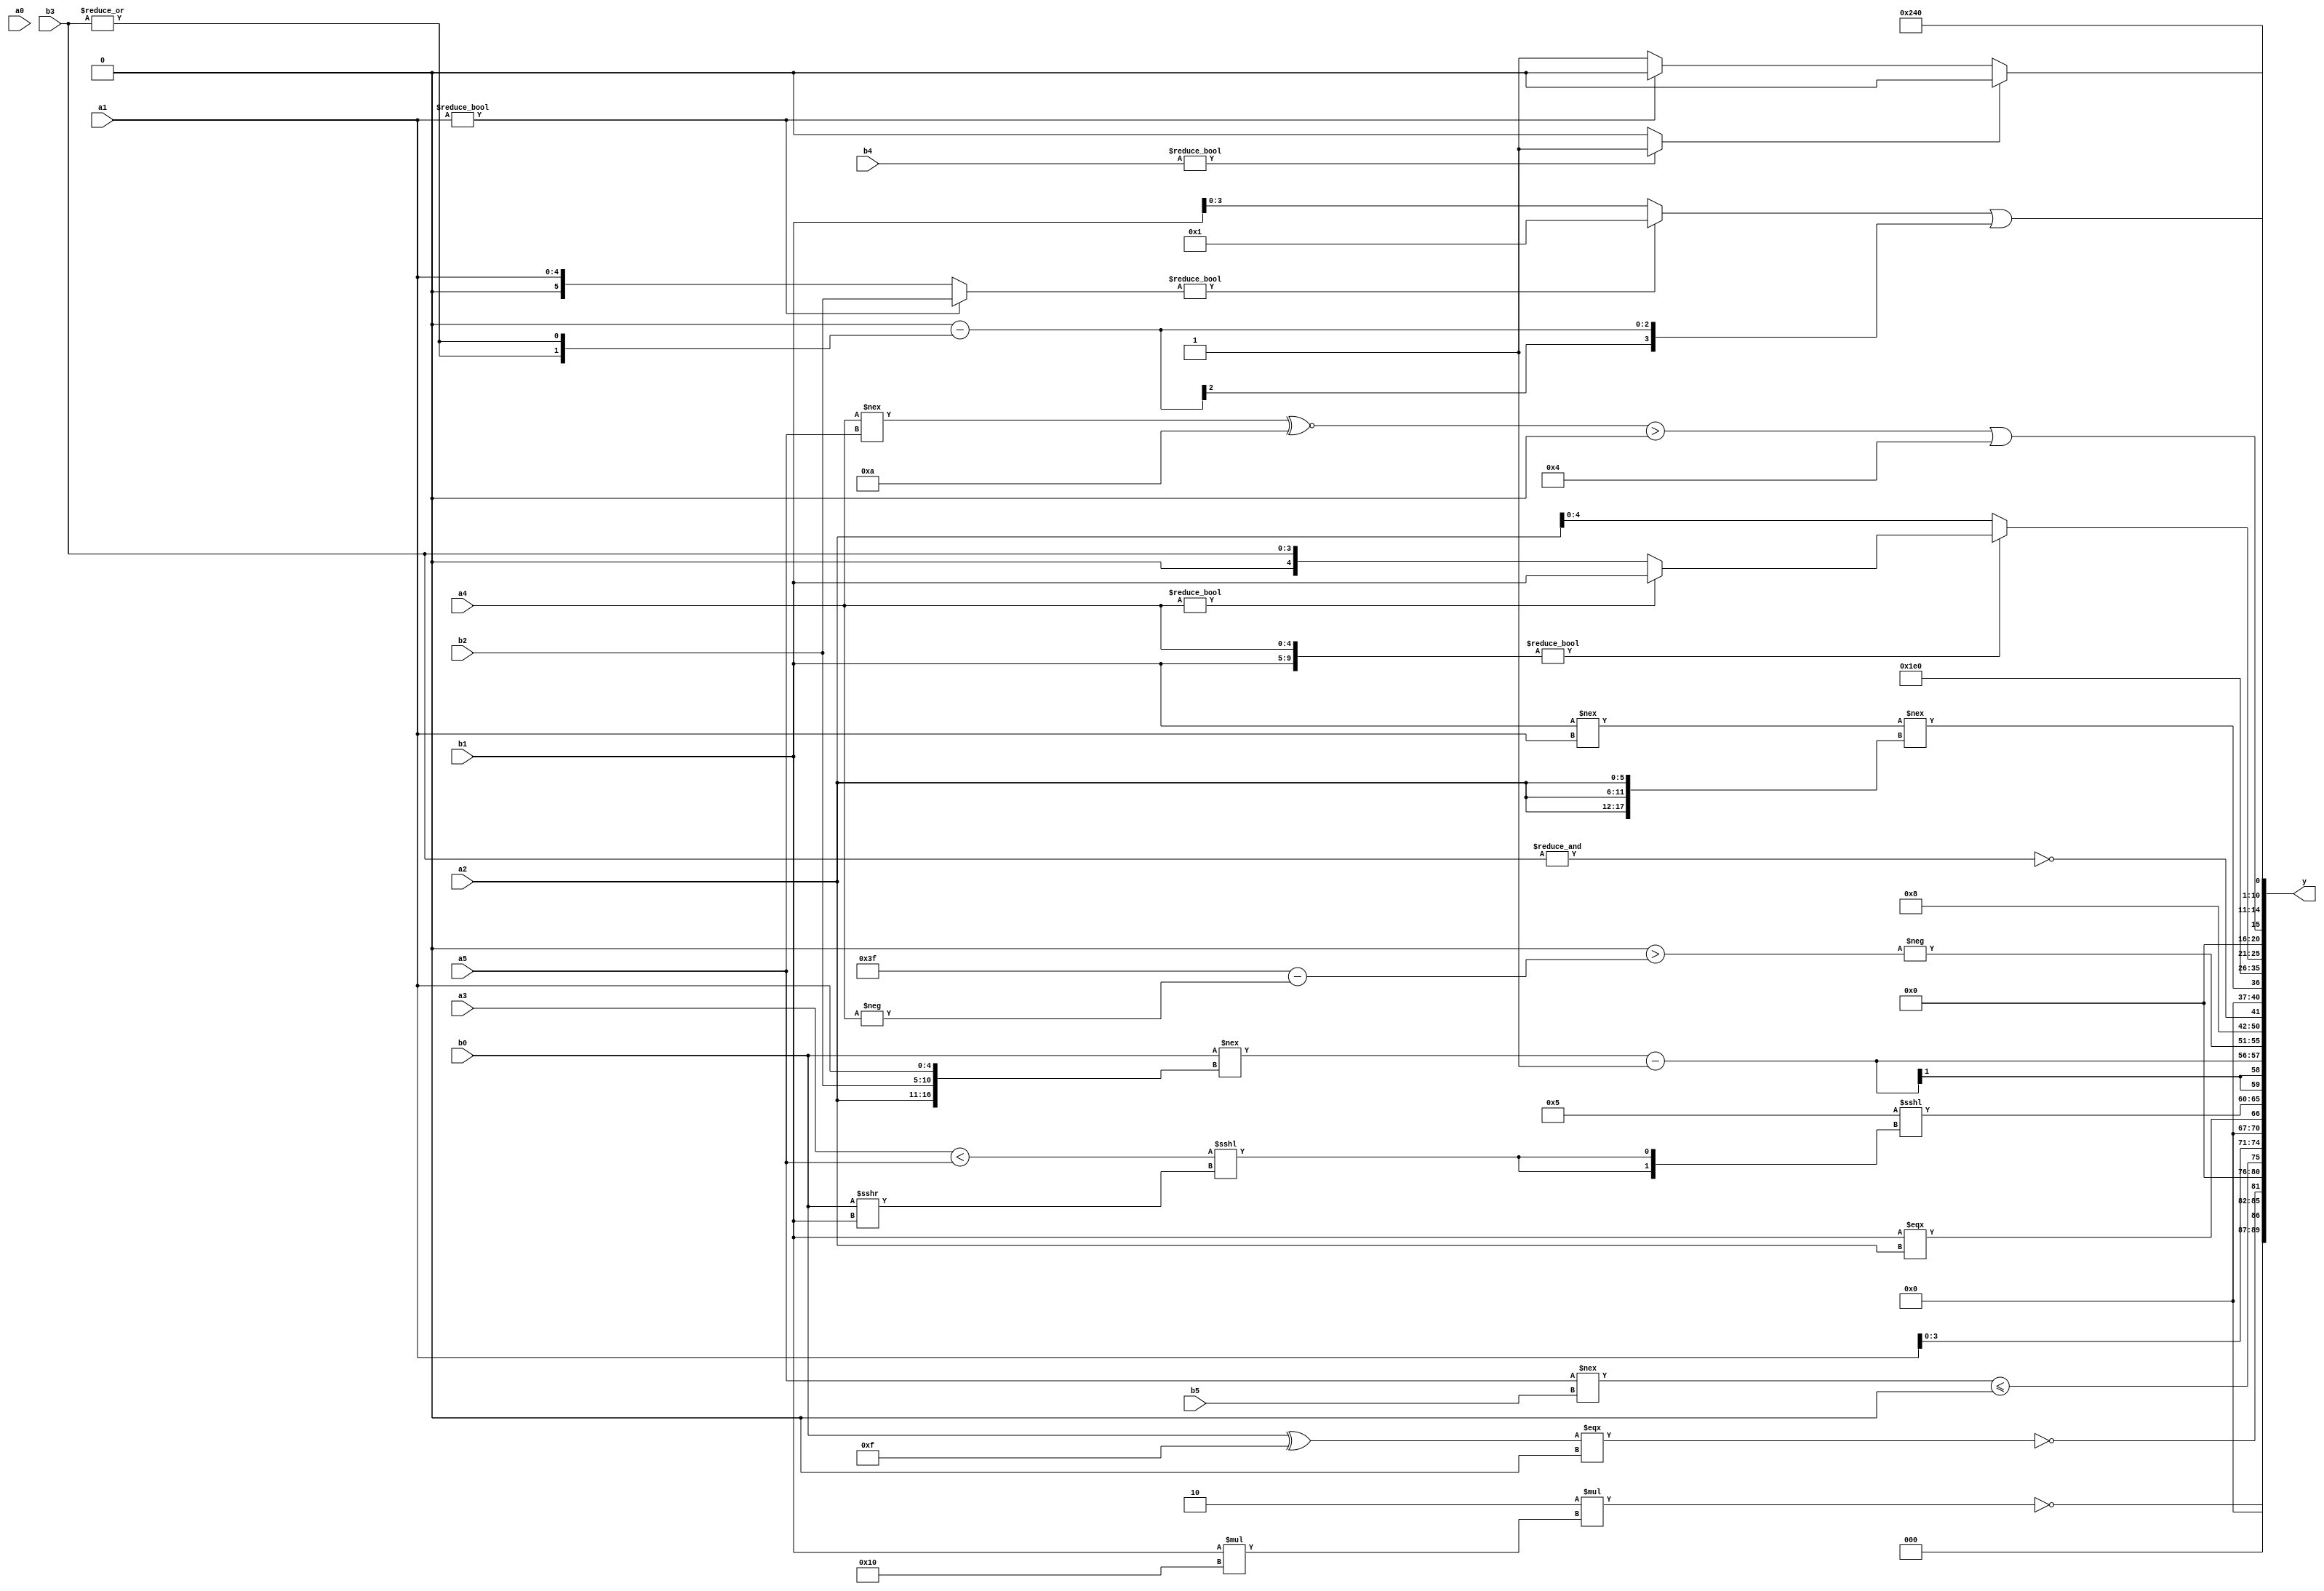
module expression_00508(a0, a1, a2, a3, a4, a5, b0, b1, b2, b3, b4, b5, y);
  input [3:0] a0;
  input [4:0] a1;
  input [5:0] a2;
  input signed [3:0] a3;
  input signed [4:0] a4;
  input signed [5:0] a5;

  input [3:0] b0;
  input [4:0] b1;
  input [5:0] b2;
  input signed [3:0] b3;
  input signed [4:0] b4;
  input signed [5:0] b5;

  wire [3:0] y0;
  wire [4:0] y1;
  wire [5:0] y2;
  wire signed [3:0] y3;
  wire signed [4:0] y4;
  wire signed [5:0] y5;
  wire [3:0] y6;
  wire [4:0] y7;
  wire [5:0] y8;
  wire signed [3:0] y9;
  wire signed [4:0] y10;
  wire signed [5:0] y11;
  wire [3:0] y12;
  wire [4:0] y13;
  wire [5:0] y14;
  wire signed [3:0] y15;
  wire signed [4:0] y16;
  wire signed [5:0] y17;

  output [89:0] y;
  assign y = {y0,y1,y2,y3,y4,y5,y6,y7,y8,y9,y10,y11,y12,y13,y14,y15,y16,y17};

  localparam [3:0] p0 = ((5'sd3)===(5'd22));
  localparam [4:0] p1 = {1{({4{(3'd5)}}-((4'd15)<=(-4'sd6)))}};
  localparam [5:0] p2 = ({{(3'sd0)}}>>((5'd1)+(3'd3)));
  localparam signed [3:0] p3 = ((5'sd3)?(3'sd1):(4'd1));
  localparam signed [4:0] p4 = ((((2'sd0)!==(4'sd7))?((3'd6)==(2'd0)):(4'd2 * (3'd5)))<<(((3'd2)||(3'd7))?((3'd2)?(2'd1):(2'sd1)):((-2'sd1)<<<(-3'sd2))));
  localparam signed [5:0] p5 = ((5'sd8)-(((4'd5)&(3'd7))>>{(3'd6),(2'sd1)}));
  localparam [3:0] p6 = (5'd2 * ((3'd0)^~(2'd0)));
  localparam [4:0] p7 = ((5'd6)^(5'd22));
  localparam [5:0] p8 = {{({(4'sd4),(2'd1)}<={(5'd29),(2'd0),(2'sd0)})}};
  localparam signed [3:0] p9 = ((4'sd1)<=(4'sd1));
  localparam signed [4:0] p10 = (^({(-(-4'sd1)),(-(4'sd1)),{(3'sd1)}}=={{((5'sd8)^(4'sd1))},((3'd6)^(4'd13))}));
  localparam signed [5:0] p11 = (5'sd7);
  localparam [3:0] p12 = (({(-5'sd3),(5'd25),(4'sd7)}<<((-4'sd4)?(-4'sd5):(4'd11)))^((6'd2 * (3'd0))>=((-4'sd5)?(2'sd1):(5'd14))));
  localparam [4:0] p13 = ((2'sd0)?(-4'sd6):(-4'sd2));
  localparam [5:0] p14 = ({{(~|((-4'sd1)>=(4'd15))),{(-4'sd0),(5'd16)}}}!={(~&(2'd1)),((-2'sd1)&(2'sd0)),((5'd15)-(2'd1))});
  localparam signed [3:0] p15 = (({(2'd0),(2'd0),(4'd10)}?((5'sd5)?(-5'sd13):(5'sd5)):((3'd3)==(-4'sd6)))<<<(((-4'sd4)?(4'd6):(-5'sd14))|{(-2'sd1),(-5'sd14),(5'd8)}));
  localparam signed [4:0] p16 = (|(-{((+(2'sd0))^(~(-4'sd0))),(~((-3'sd1)?(2'sd0):(-3'sd2)))}));
  localparam signed [5:0] p17 = (!(~^((|((5'd18)?(3'd2):(5'sd15)))?(((2'd3)>=(5'd25))==((2'sd1)>>>(5'd1))):(-(|((4'd13)?(5'd4):(5'd25)))))));

  assign y0 = (!(6'd2 * (b1*p7)));
  assign y1 = $unsigned((~|$signed((($signed(b0)^(-2'sd1))===((~&a2)<<(-5'sd8))))));
  assign y2 = ($unsigned($unsigned((~|(~|{3{p2}}))))||((a5!==b5)<={4{p12}}));
  assign y3 = $unsigned({($signed($unsigned(p2))>=$unsigned((p7<<<p2))),$unsigned({1{$unsigned((2'sd0))}}),{(p13),{p3},{1{a1}}}});
  assign y4 = {{(b1===a2)}};
  assign y5 = ((4'sd5)<<<{2{((a3<a5)<<<(b0>>>b1))}});
  assign y6 = (({b0}!=={a2,b2,a1})-($signed(p3)&(+p16)));
  assign y7 = (-(((~|(&(^p5)))>((-p14)-(-a4)))<<(^((p4?p15:p0)?(p11?p10:p7):(^p13)))));
  assign y8 = (3'd1);
  assign y9 = (~&({(~^(-p9))}?(a3?b3:b3):{1{(p1<=p17)}}));
  assign y10 = {1{((b1!==a1)!=={3{a2}})}};
  assign y11 = {(~p0),(|p15)};
  assign y12 = (-((p10^p3)&(p6<<<p2)));
  assign y13 = ({b1,a4}?(a4?b1:b3):{3{a2}});
  assign y14 = ({1{(((a4!==a5)^~(-4'sd6))>(2'd0))}}||((4'sd4)&((5'd2 * p2)+(5'd7))));
  assign y15 = (((((a1?b2:a1))?($unsigned(p16)):{3{b1}}))|((&{2{p14}})-{2{(|b3)}}));
  assign y16 = (5'd18);
  assign y17 = ((b4?p17:p10)?(p12?p5:p4):(a1?p2:p17));
endmodule